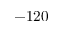
- 1 2 0